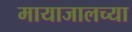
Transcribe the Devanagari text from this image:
मायाजालच्या